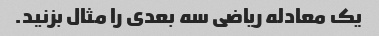
یک معادله ریاضی سه بعدی را مثال بزنید.